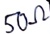
Text: 50Ω